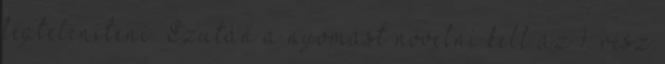
légteleníteni. Ezután a nyomást növelni kell az 1. rész